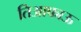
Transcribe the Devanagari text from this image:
तिआफाऊ